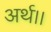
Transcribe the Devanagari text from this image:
अर्थ।।